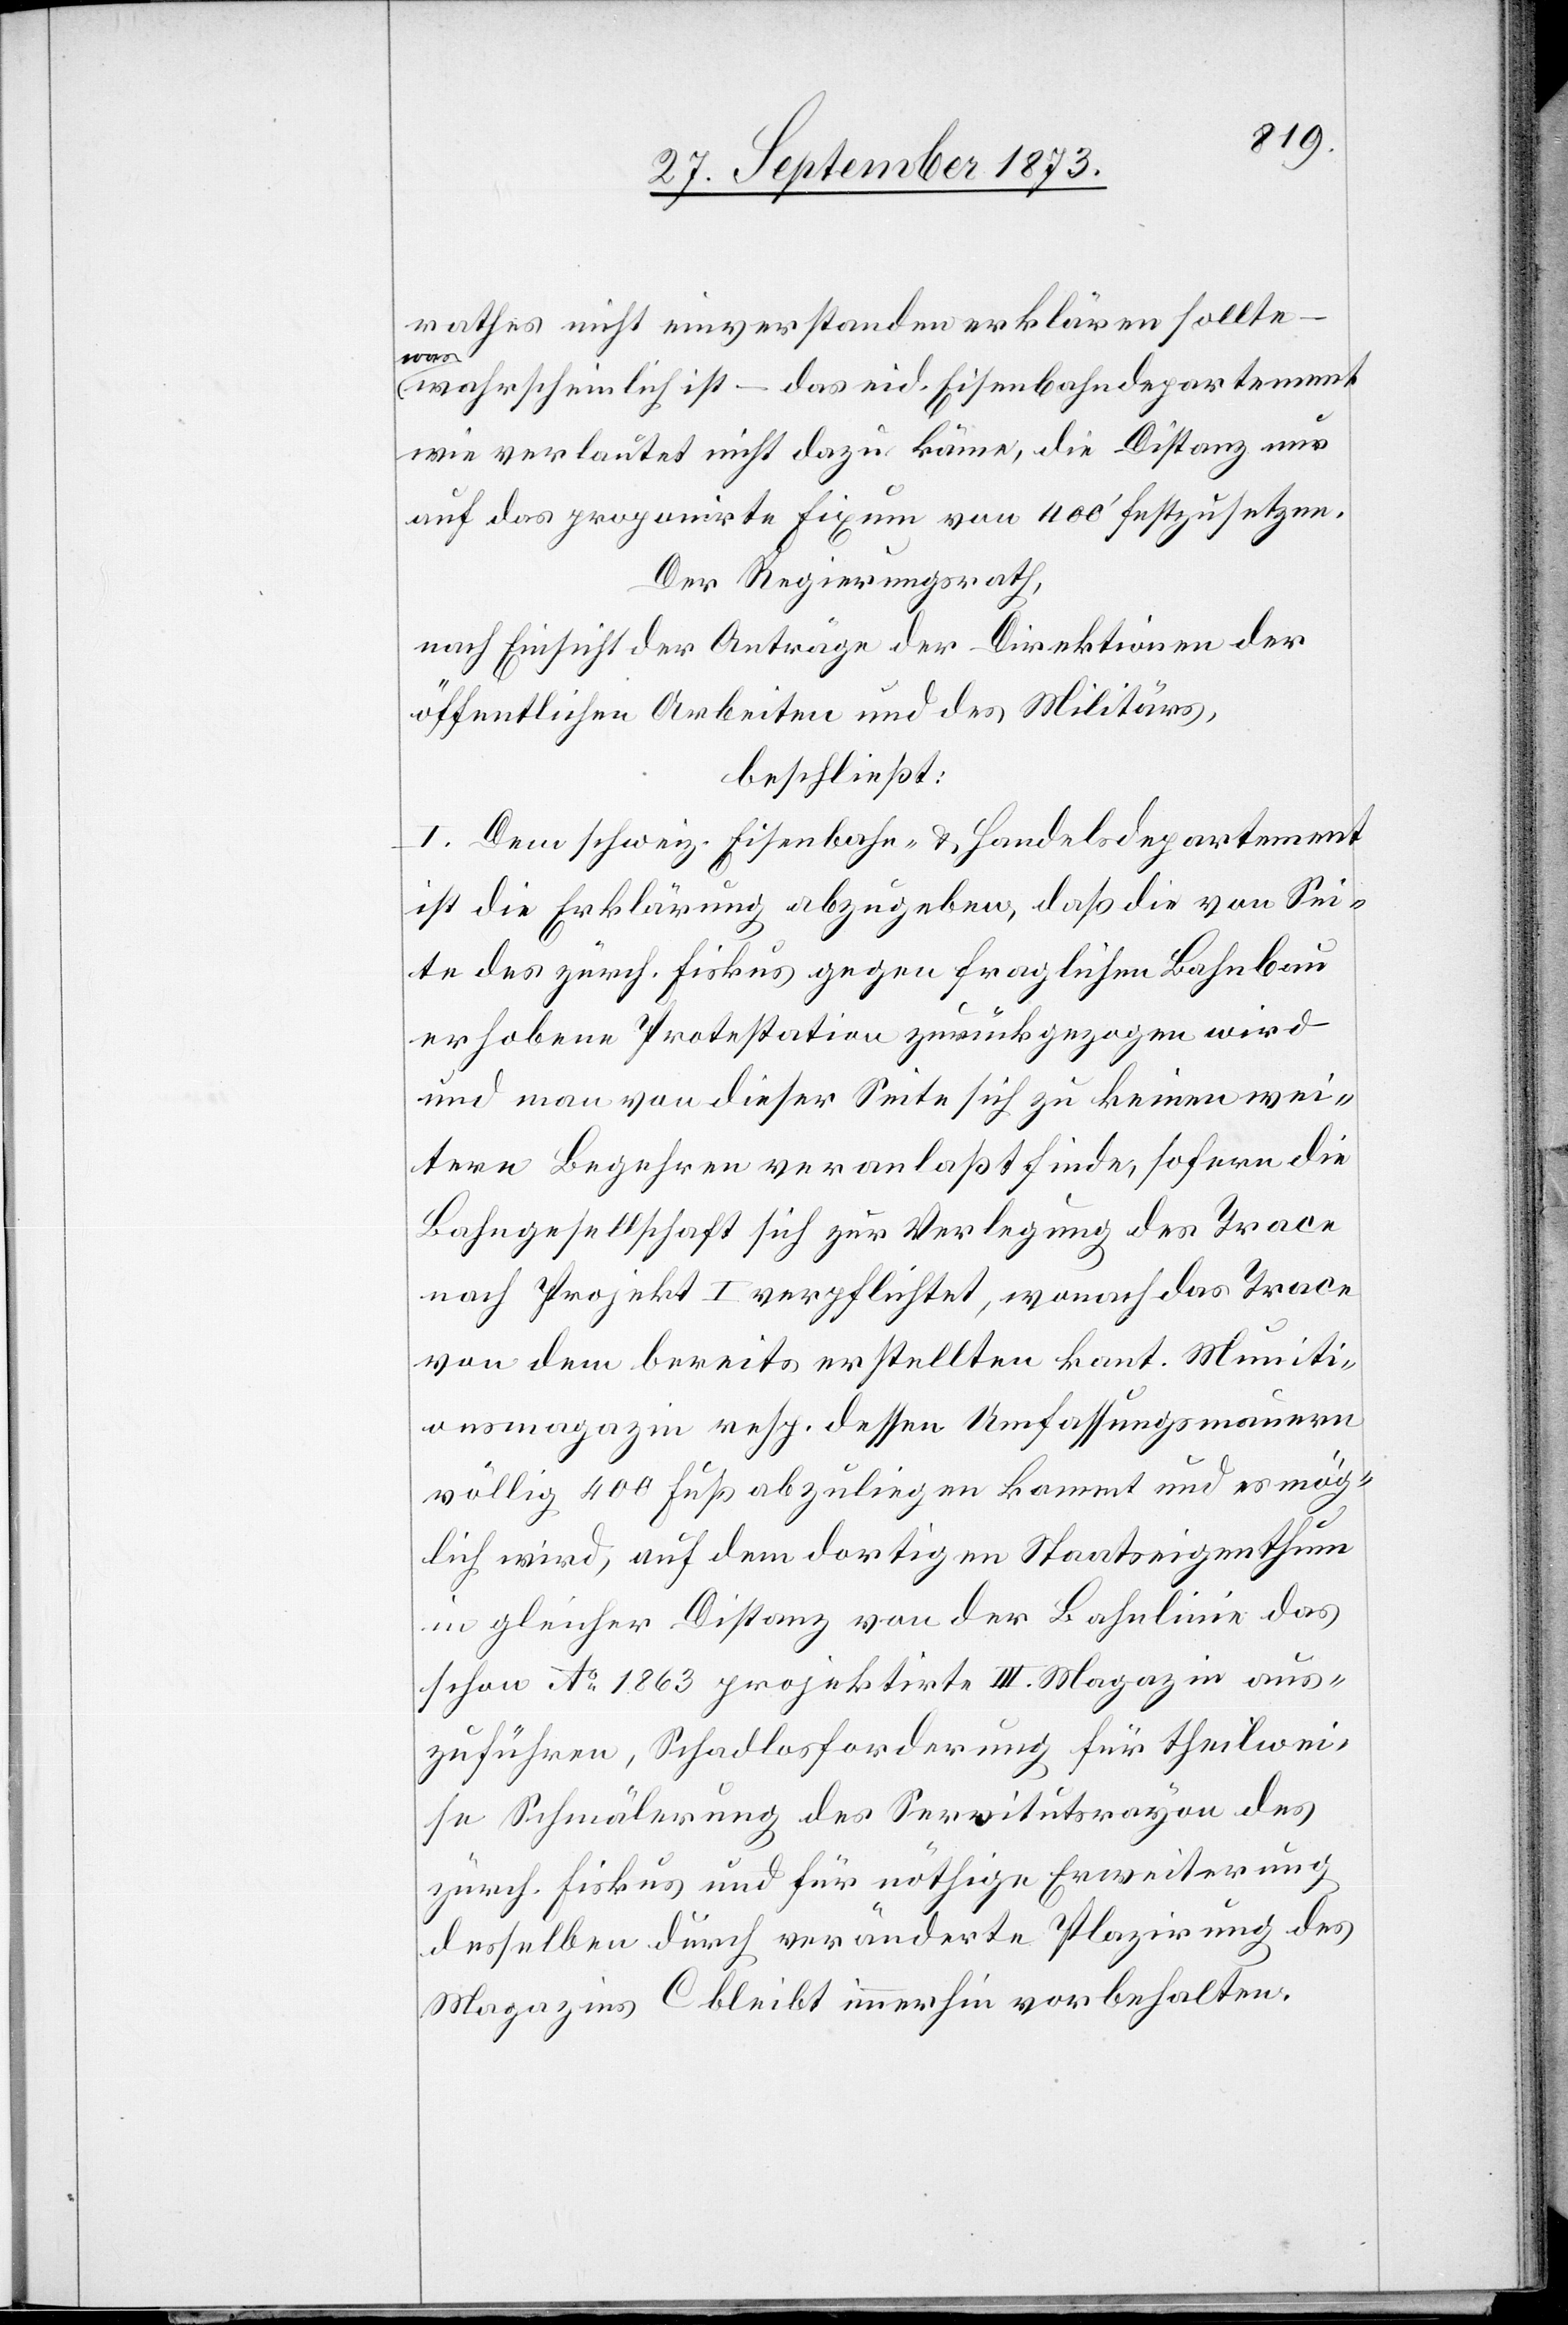
rathes nicht einverstanden erklären sollte –
was
wahrscheinlich ist – das eid. Eisenbahndepartement
wie verlautet nicht dazu käme, die Distanz nur
auf das proponirte Fixum von 400‘ festzusetzen.
Der Regierungsrath,
nach Einsicht der Anträge der Direktionen der
öffentlichen Arbeiten und des Militärs,
beschließt:
I. Dem schweiz. Eisenbahn- & Handelsdepartement
ist die Erklärung abzugeben, daß die von Sei¬
te des zürch. Fiskus gegen fraglichen Bahnbau
erhobene Protestation zurückgezogen wird
und man von dieser Seite sich zu keinen wei¬
tern Begehren veranlaßt finde, sofern die
Bahngesellschaft sich zur Verlegung des Trace
nach Projekt I verpflichtet, wonach das Trace
von dem bereits erstellten kant. Muniti¬
onsmagazin resp. dessen Umfassungsmauern
völlig 400 Fuß abzuliegen kommt und es mög¬
lich wird, auf dem dortigen Staatseigenthum
in gleicher Distanz von der Bahnlinie das
schon Ao 1863 projektirte III. Magazin aus¬
zuführen, Schadlosforderung für theilwei¬
se Schmälerung des Servitutsrayon des
zürch. Fiskus und für nöthige Erweiterung
desselben durch veränderte Plazirung des
Magazins C bleibt immerhin vorbehalten.